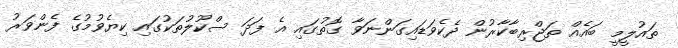
ތައުލީމީ ބައެއް ތަޖްރިބާކާރުން ދެކެވަޑައިގަންނަވާ ގޮތުގައި އެ ފަދަ ސްކޫލުތަކުގައި ކިޔެވުމުގެ ފެންވަރު